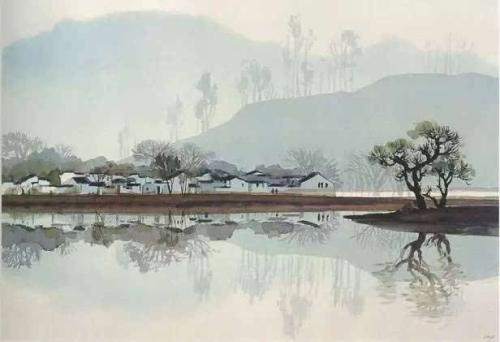
离堂思琴瑟，别路绕山川。